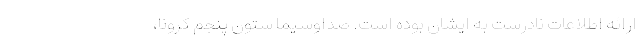
ارائه اطلاعات نادرست به ایشان بوده است. صداوسیما ستون پنجم کرونا،